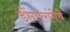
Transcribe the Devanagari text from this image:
डोंगररांगेचे